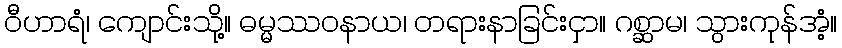
ဝီဟာရံ၊ ကျောင်းသို့။ ဓမ္မဿဝနာယ၊ တရားနာခြင်းငှာ။ ဂစ္ဆာမ၊ သွားကုန်အံ့။